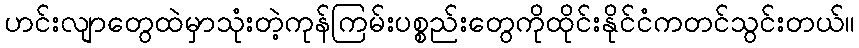
ဟင်းလျာတွေထဲမှာသုံးတဲ့ကုန်ကြမ်းပစ္စည်းတွေကိုထိုင်းနိုင်ငံကတင်သွင်းတယ်။